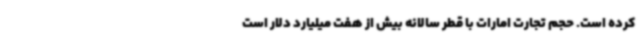
کرده است. حجم تجارت امارات با قطر سالانه بیش از هفت میلیارد دلار است